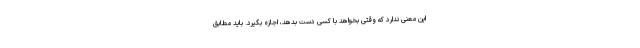
این معنی ندارد که وقتی بخواهد با کسی دست بدهد، اجازه بگیرد. باید مطابق